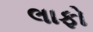
લાફો